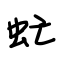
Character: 虻